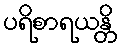
ပရိစာရယန္တိ